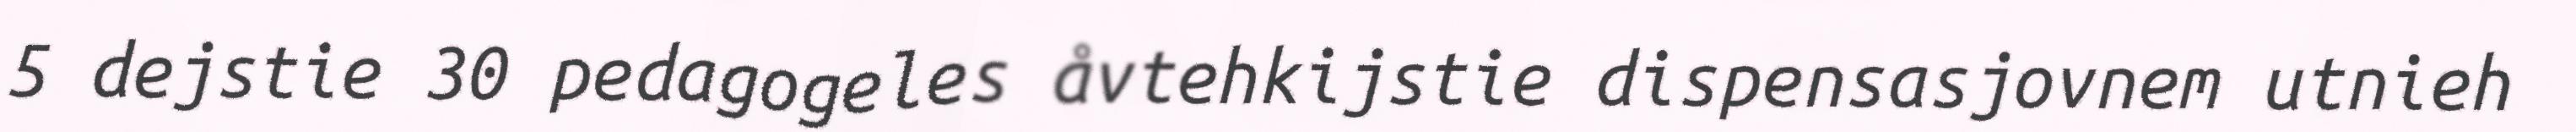
5 dejstie 30 pedagogeles åvtehkijstie dispensasjovnem utnieh